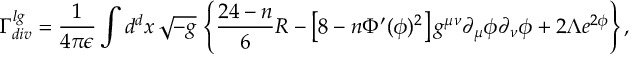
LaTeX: \Gamma _ { d i v } ^ { l g } = \frac { 1 } { 4 \pi \epsilon } \int d ^ { d } x \, \sqrt { - g } \, \left\{ \frac { 2 4 - n } { 6 } R - \left[ 8 - n \Phi ^ { \prime } ( \phi ) ^ { 2 } \right] g ^ { \mu \nu } \partial _ { \mu } \phi \partial _ { \nu } \phi + 2 \Lambda e ^ { 2 \phi } \right\} ,